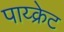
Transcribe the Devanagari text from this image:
पाय्क्रेट